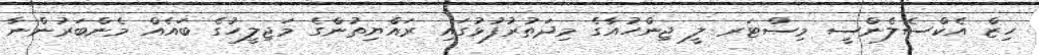
ހިޒް އެކްސެލެންސީ މިސްޓަރ ލީ ޖިންހުއާގެ މިދަތުރުފުޅުގައި ރައްޔިތުންގެ މަޖިލީހުގެ ބައެއް މެންބަރުންނާ